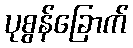
ပုစွန်ခြောက်